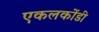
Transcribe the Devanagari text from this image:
एकलकोंडी